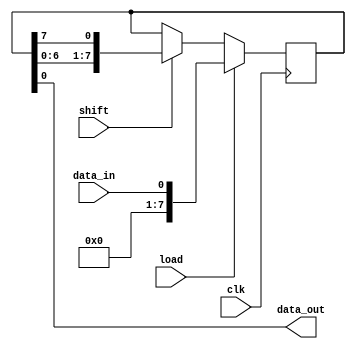
module shift_register(
  input wire clk, // clock signal
  input wire load, // input signal for loading data
  input wire shift, // input signal for shifting data
  input wire data_in, // input data signal
  output reg data_out // output data signal
);

reg [7:0] reg_data; // 8-bit shift register

always @(posedge clk) begin
  if (load) begin
    reg_data <= data_in;
  end
  else if (shift) begin
    reg_data <= {reg_data[6:0], reg_data[7]};
  end
end

assign data_out = reg_data[0];

endmodule